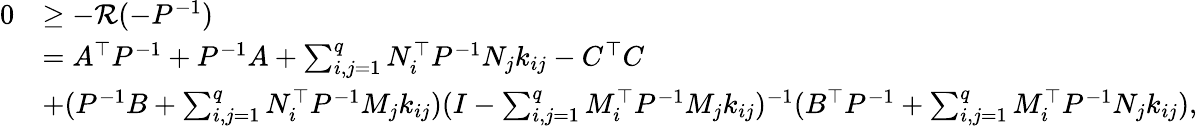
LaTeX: \begin{array}{rl}{0}&{\geq-\mathcal{R}(-P^{-1})}\\ &{=A^{\top}P^{-1}+P^{-1}A+\sum_{i,j=1}^{q}N_{i}^{\top}P^{-1}N_{j}k_{ij}-C^{\top}C}\\ &{+(P^{-1}B+\sum_{i,j=1}^{q}N_{i}^{\top}P^{-1}M_{j}k_{ij})(I-\sum_{i,j=1}^{q}M_{i}^{\top}P^{-1}M_{j}k_{ij})^{-1}(B^{\top}P^{-1}+\sum_{i,j=1}^{q}M_{i}^{\top}P^{-1}N_{j}k_{ij}),}\end{array}